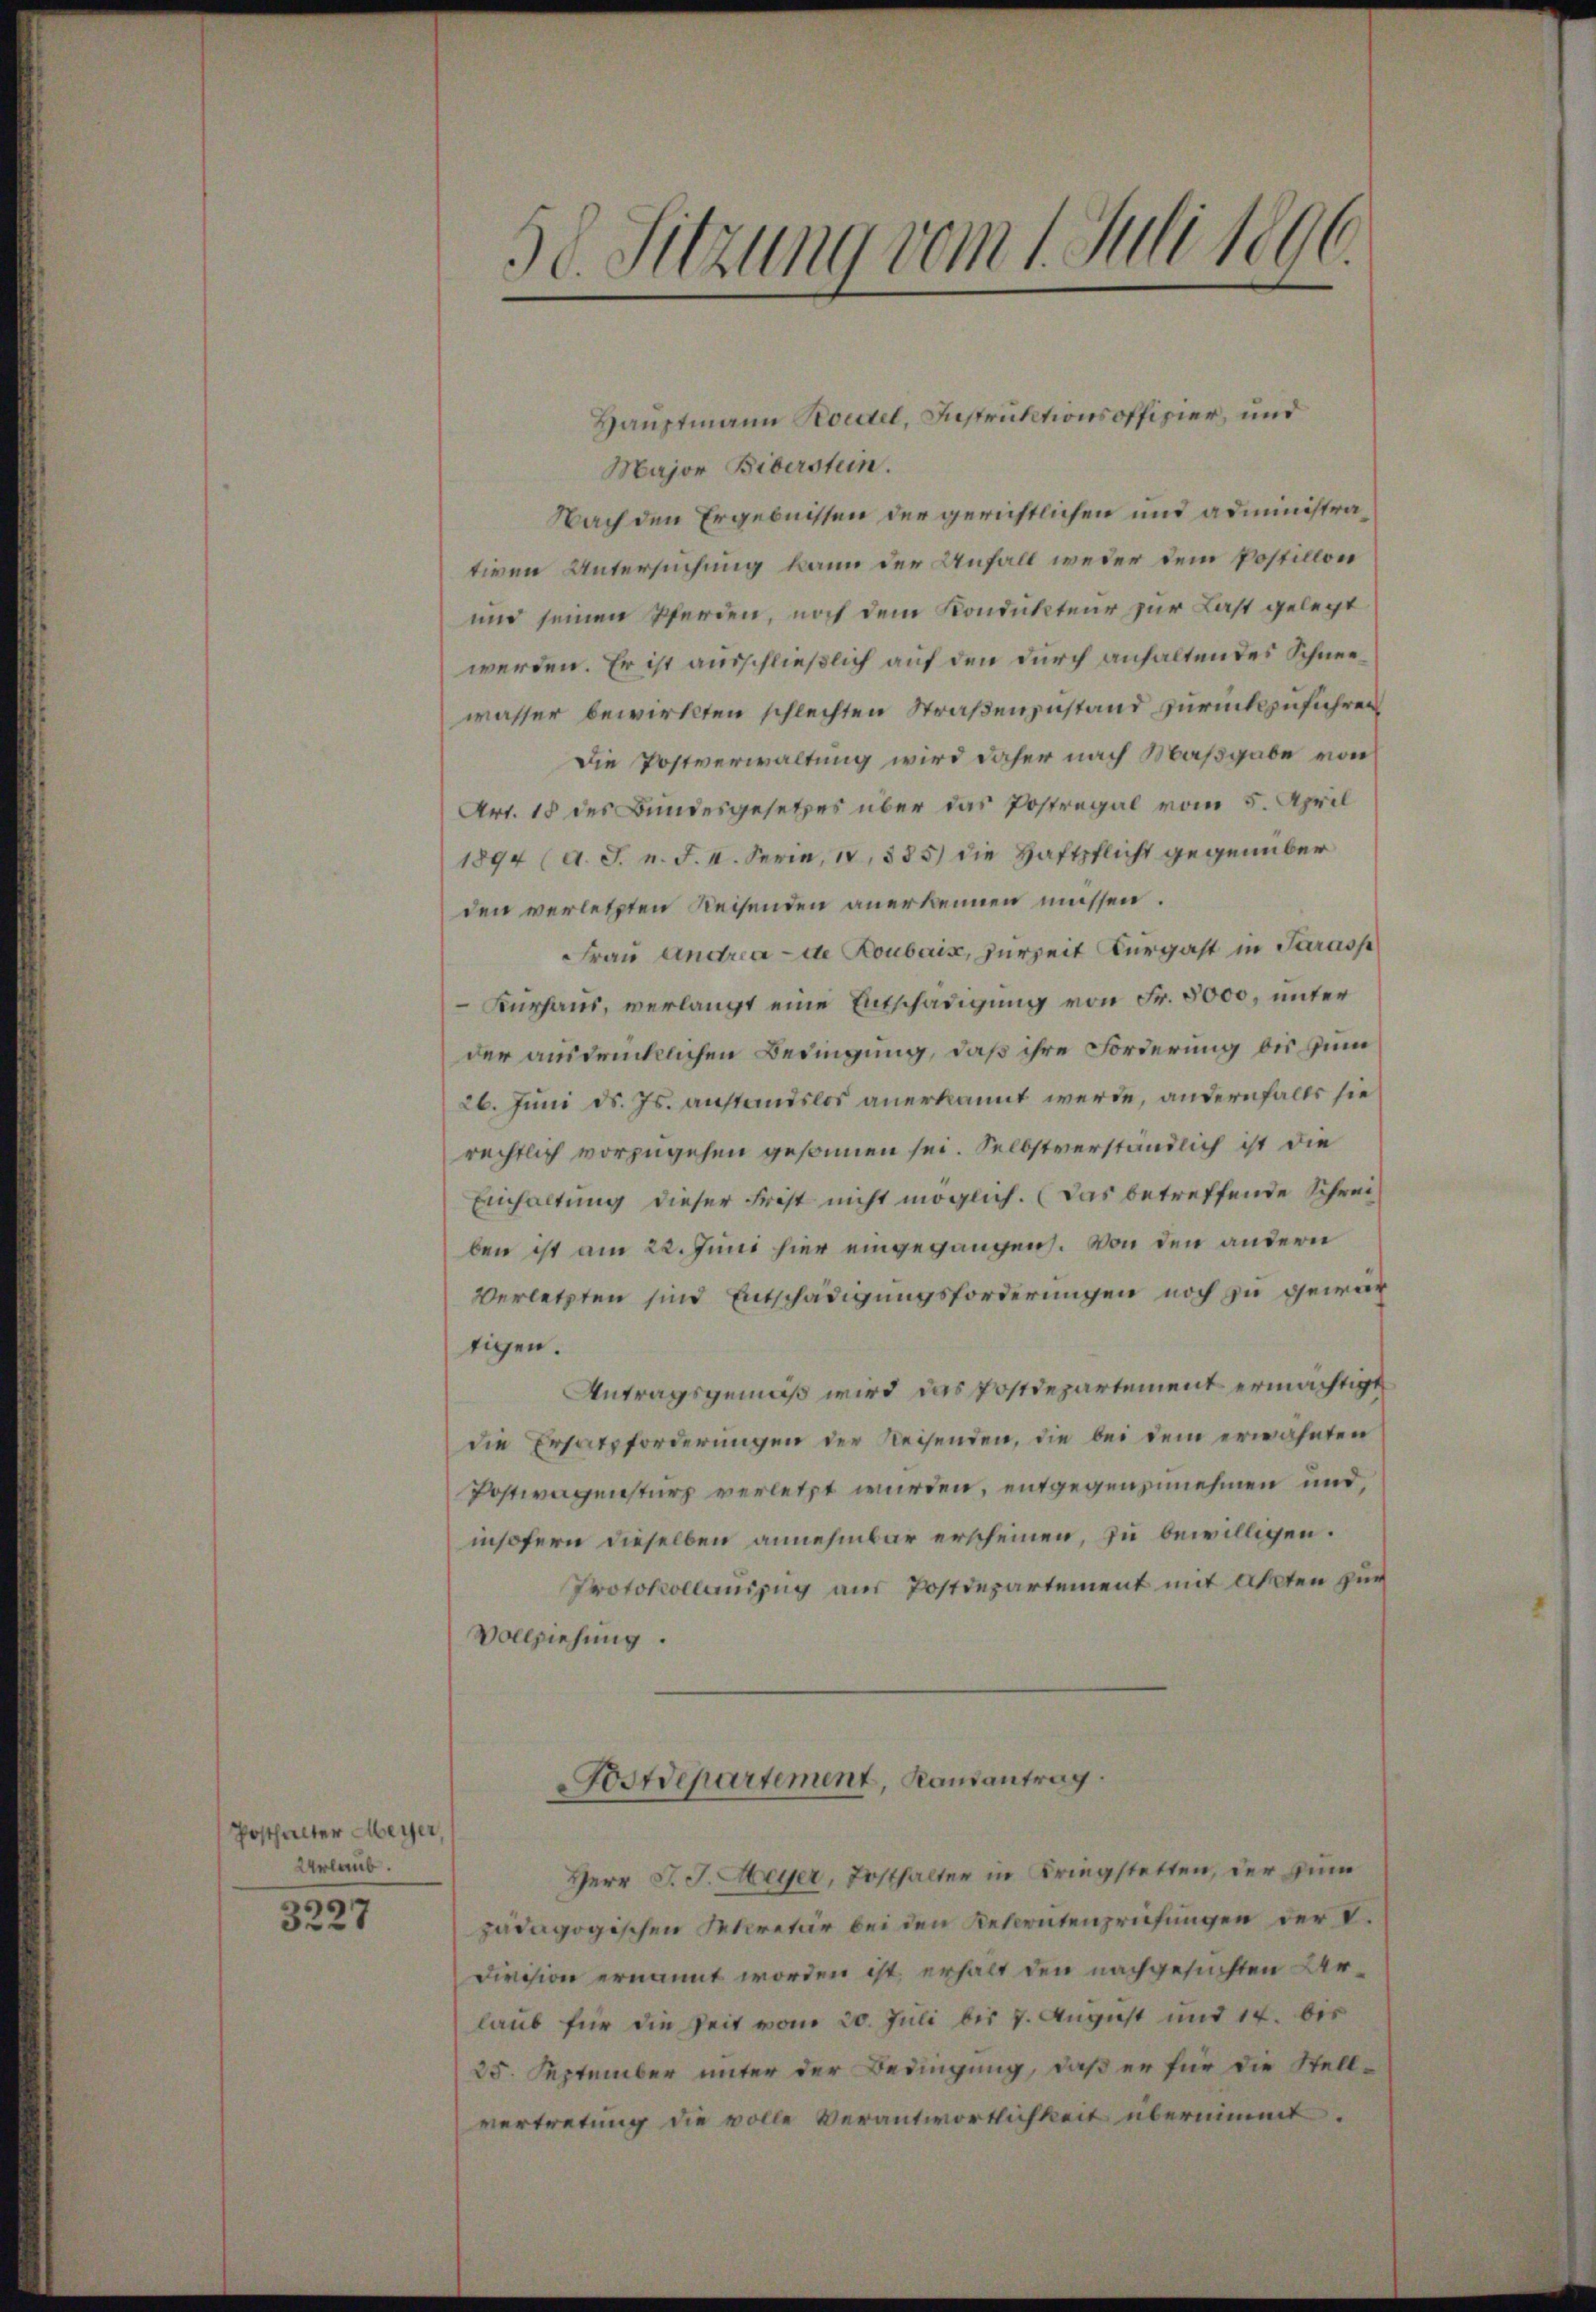
Posthalter Meyer,
Urlaub.
3227

58. Sitzung vom 1. Juli 1890
d

Major Bibersten.
Nach den Ergebnissen der gerichtlichen und administrativen Untersuchung kann der Anfall weder dem Postillon
und seinen Werden, noch dem Kondukteur zur Last gelegt
werden. Er ist ausschließlich auf den durch anhaltendes Schneewasser bewirkten schlechten Straßenzustand zurückzuführen
Die Postverwaltung wird daher nach Maßgabe von
Art. 18 des Bundesgesetzes über das Postregal vom 5. April
1894 (d. J. n. F. II. Serie, 14,885) die Haftpflicht gegenüber
den verletzten Reisenden anerkennen müssen.
Frau Andria de Roubaix, zurzeit Kurgast in Sarass
Furhaus, verlangt eine Entschädigung von Fr. 5000, unter
der ausdrücklichen Bedingung, daß ihre Forderung bis zum
26. Juni d. Js. anstandslos anerkannt werde, andernfalls sie
rechtlich vorzugehen gesammen sei. Selbstverständlich ist die
Einhaltung dieser Frist nicht möglich. Das betreffende Schreiben ist am 22. Juni hier eingegangen. Von den andern
Verletzten sind Entschädigungsforderungen noch zu gewärtigen.
Antragsgemäß wird das Postdepartement ermächtigt
die Ersatzforderungen der Reisenden, die bei dem erwähnten
Postwagensturz verletzt wurden, entgegenzunehmen und,
insofern dieselben annehmbar erscheinen, zu bewilligen.
Protokollauszug aus Postdepartement mit Akten zur
Vollziehung.
Fostdepartement, Randantrag.

Herr J. J. Meyer, Posthalter in Kriegstalten, der Zun
pädagogischen Secretär bei den Rekrutenprüfungen der V.
Division ernannt worden ist, erhalt den nachgesuchten Arlaub für die Zeit vom 20. Juli bis 7. August und 14. des
25. September unter der Bedingung, daß er für die Stell-
vertretung die volle Verantwortlichkeit übernimmt.

Hauptmann Roestel, Instruktionsoffizier, und